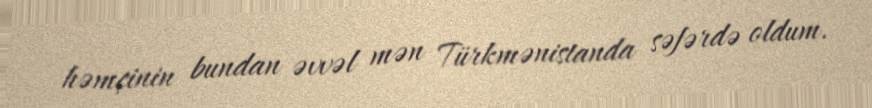
həmçinin bundan əvvəl mən Türkmənistanda səfərdə oldum.